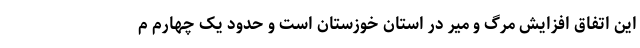
این اتفاق افزایش مرگ و میر در استان خوزستان است و حدود یک چهارم م